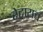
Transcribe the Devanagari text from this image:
रेटायच